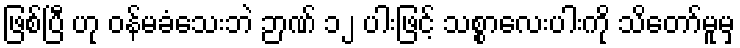
ဖြစ်ပြီ ဟု ဝန်မခံသေးဘဲ ဉာဏ် ၁၂ ပါးဖြင့် သစ္စာလေးပါးကို သိတော်မူမှ